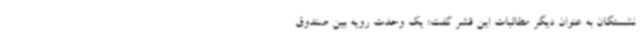
نشستگان به عنوان دیگر مطالبات این قشر گفت: یک وحدت رویه بین صندوق